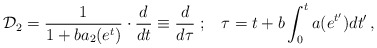
\begin{align*} {\cal D}_2=\frac{1}{1+ba_2(e^t)}\cdot \frac{d}{d t} \equiv\frac{d}{d \tau}\; ; \;\;\; \tau = t+b\int_0^t a(e^{t'}) d t' \,,\end{align*}